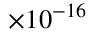
\times 1 0 ^ { - 1 6 }